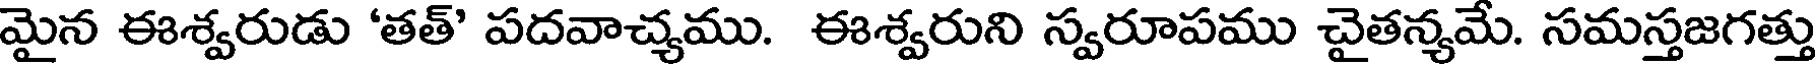
మైన ఈశ్వరుడు 'తత్' పదవాచ్యము. ఈశ్వరుని స్వరూపము చైతన్యమే. సమస్తజగత్తు